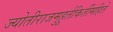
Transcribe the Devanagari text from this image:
ज्योतीराजमुहूर्तकिर्तीमहिते